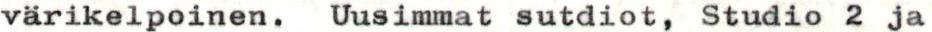
värikelpoinen. Uusimmat sutdiot, Studio 2 ja